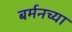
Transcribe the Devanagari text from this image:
बर्मनच्या